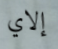
إلاي